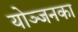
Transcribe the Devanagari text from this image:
योञ्जनका